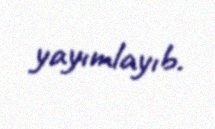
yayımlayıb.